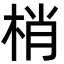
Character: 梢